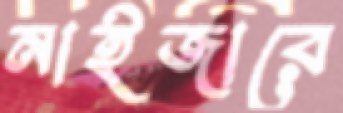
নাইজারে